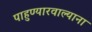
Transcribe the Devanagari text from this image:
पाहुण्यारवाल्याना